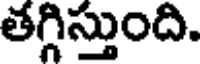
తగ్గిస్తుంది.